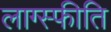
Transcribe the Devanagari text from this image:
लाग्स्फीति